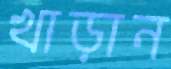
খাড়ান